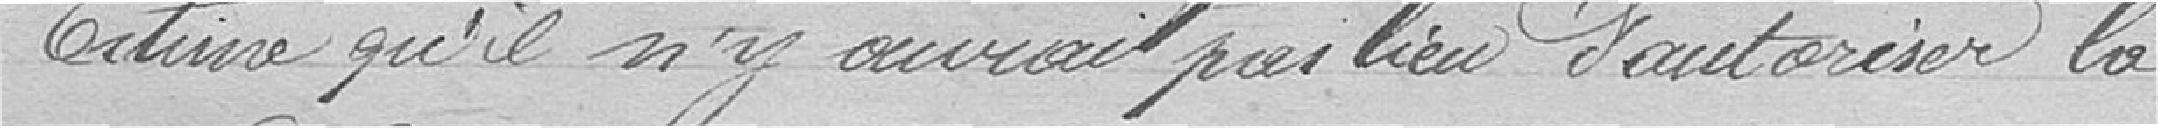
Estime qu'il n'y aurait pas lieu d'autoriser la